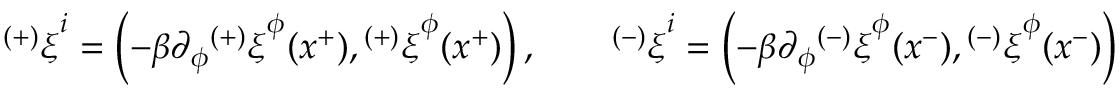
{ ^ { ( + ) } \xi } ^ { i } = \left( - \beta \partial _ { \phi } { ^ { ( + ) } \xi } ^ { \phi } ( x ^ { + } ) , { ^ { ( + ) } \xi } ^ { \phi } ( x ^ { + } ) \right) , \qquad { ^ { ( - ) } \xi } ^ { i } = \left( - \beta \partial _ { \phi } { ^ { ( - ) } \xi } ^ { \phi } ( x ^ { - } ) , { ^ { ( - ) } \xi } ^ { \phi } ( x ^ { - } ) \right)